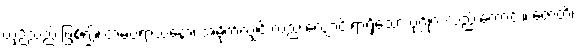
ယှဉ်သည် ဖြစ်၍။ တမပရာယနော၊ အမိုက်လျှင် လည်းလျောင်းရာရှိသော ပုဂ္ဂိုလ်လည်းကောင်း။ ဇောတိ၊